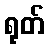
ရုတ်